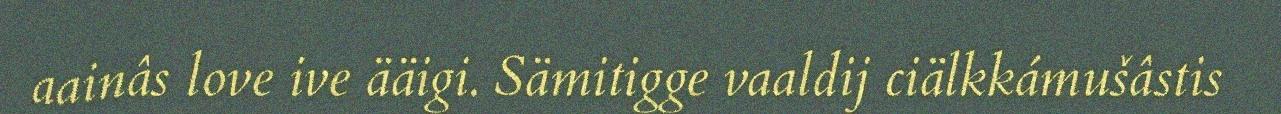
aainâs love ive ääigi. Sämitigge vaaldij ciälkkámušâstis